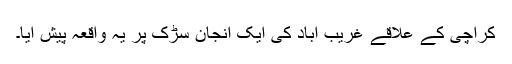
کراچی کے علاقے غریب آباد کی ایک انجان سڑک پر یہ واقعہ پیش آیا۔